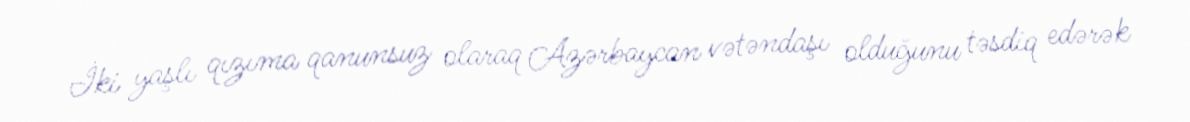
İki yaşlı qızıma qanunsuz olaraq Azərbaycan vətəndaşı olduğunu təsdiq edərək